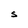
Character: S